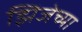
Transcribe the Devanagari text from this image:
झिजेच्या